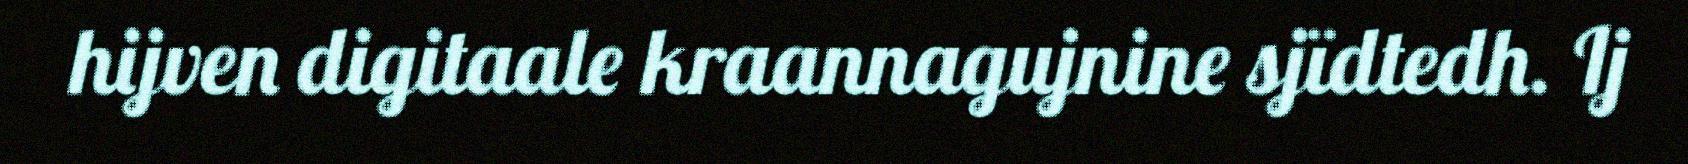
hijven digitaale kraannagujnine sjïdtedh. Ij